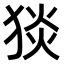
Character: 𤟇